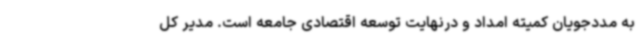
به مددجویان کمیته امداد و درنهایت توسعه اقتصادی جامعه است. مدیر کل